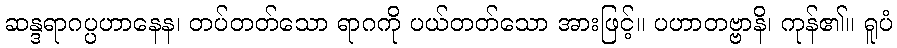
ဆန္ဒရာဂပ္ပဟာနေန၊ တပ်တတ်သော ရာဂကို ပယ်တတ်သော အားဖြင့်။ ပဟာတဗ္ဗာနိ၊ ကုန်၏။ ရူပံ